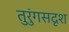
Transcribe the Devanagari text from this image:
तुरुंगसदृश